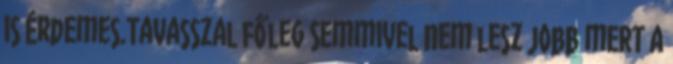
is érdemes.Tavasszal főleg semmivel nem lesz jobb mert a